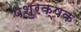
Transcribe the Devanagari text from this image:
पशुरक्षक